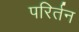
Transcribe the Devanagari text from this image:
परिर्तन